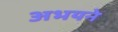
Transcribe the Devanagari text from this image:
अभयने